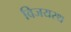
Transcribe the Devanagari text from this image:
विजयरथ